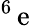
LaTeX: ^6\, \mathrm{e}